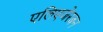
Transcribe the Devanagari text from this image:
एलिएजेरबन